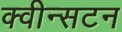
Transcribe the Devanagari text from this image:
क्वीन्सटन